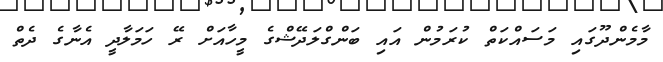
މާމެންދޫގައި މަސައްކަތް ކުރަމުން އައި ބަންގްލަދޭޝްގެ މީހާއަށް ރޭ ހަމަލާދީ އެނާގެ ދެތް